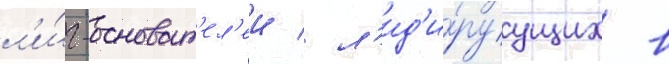
л'и́г-основат'ел'еи / л'ид'и́руущих в